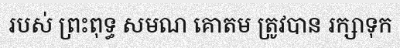
របស់ ព្រះពុទ្ធ សមណ គោតម ត្រូវបាន រក្សាទុក